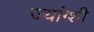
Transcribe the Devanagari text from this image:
ज्यांग्शी